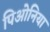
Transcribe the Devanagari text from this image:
पिओनिया